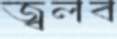
জ্বলব